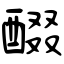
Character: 醊